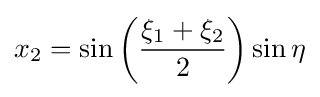
x_{2}=\sin \left({\frac {\xi _{1}+\xi _{2}}{2}}\right)\sin \eta